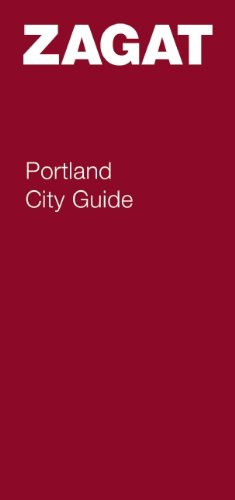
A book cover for Portland City Guide (Zagat Survey: Portland City Guide); Travel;